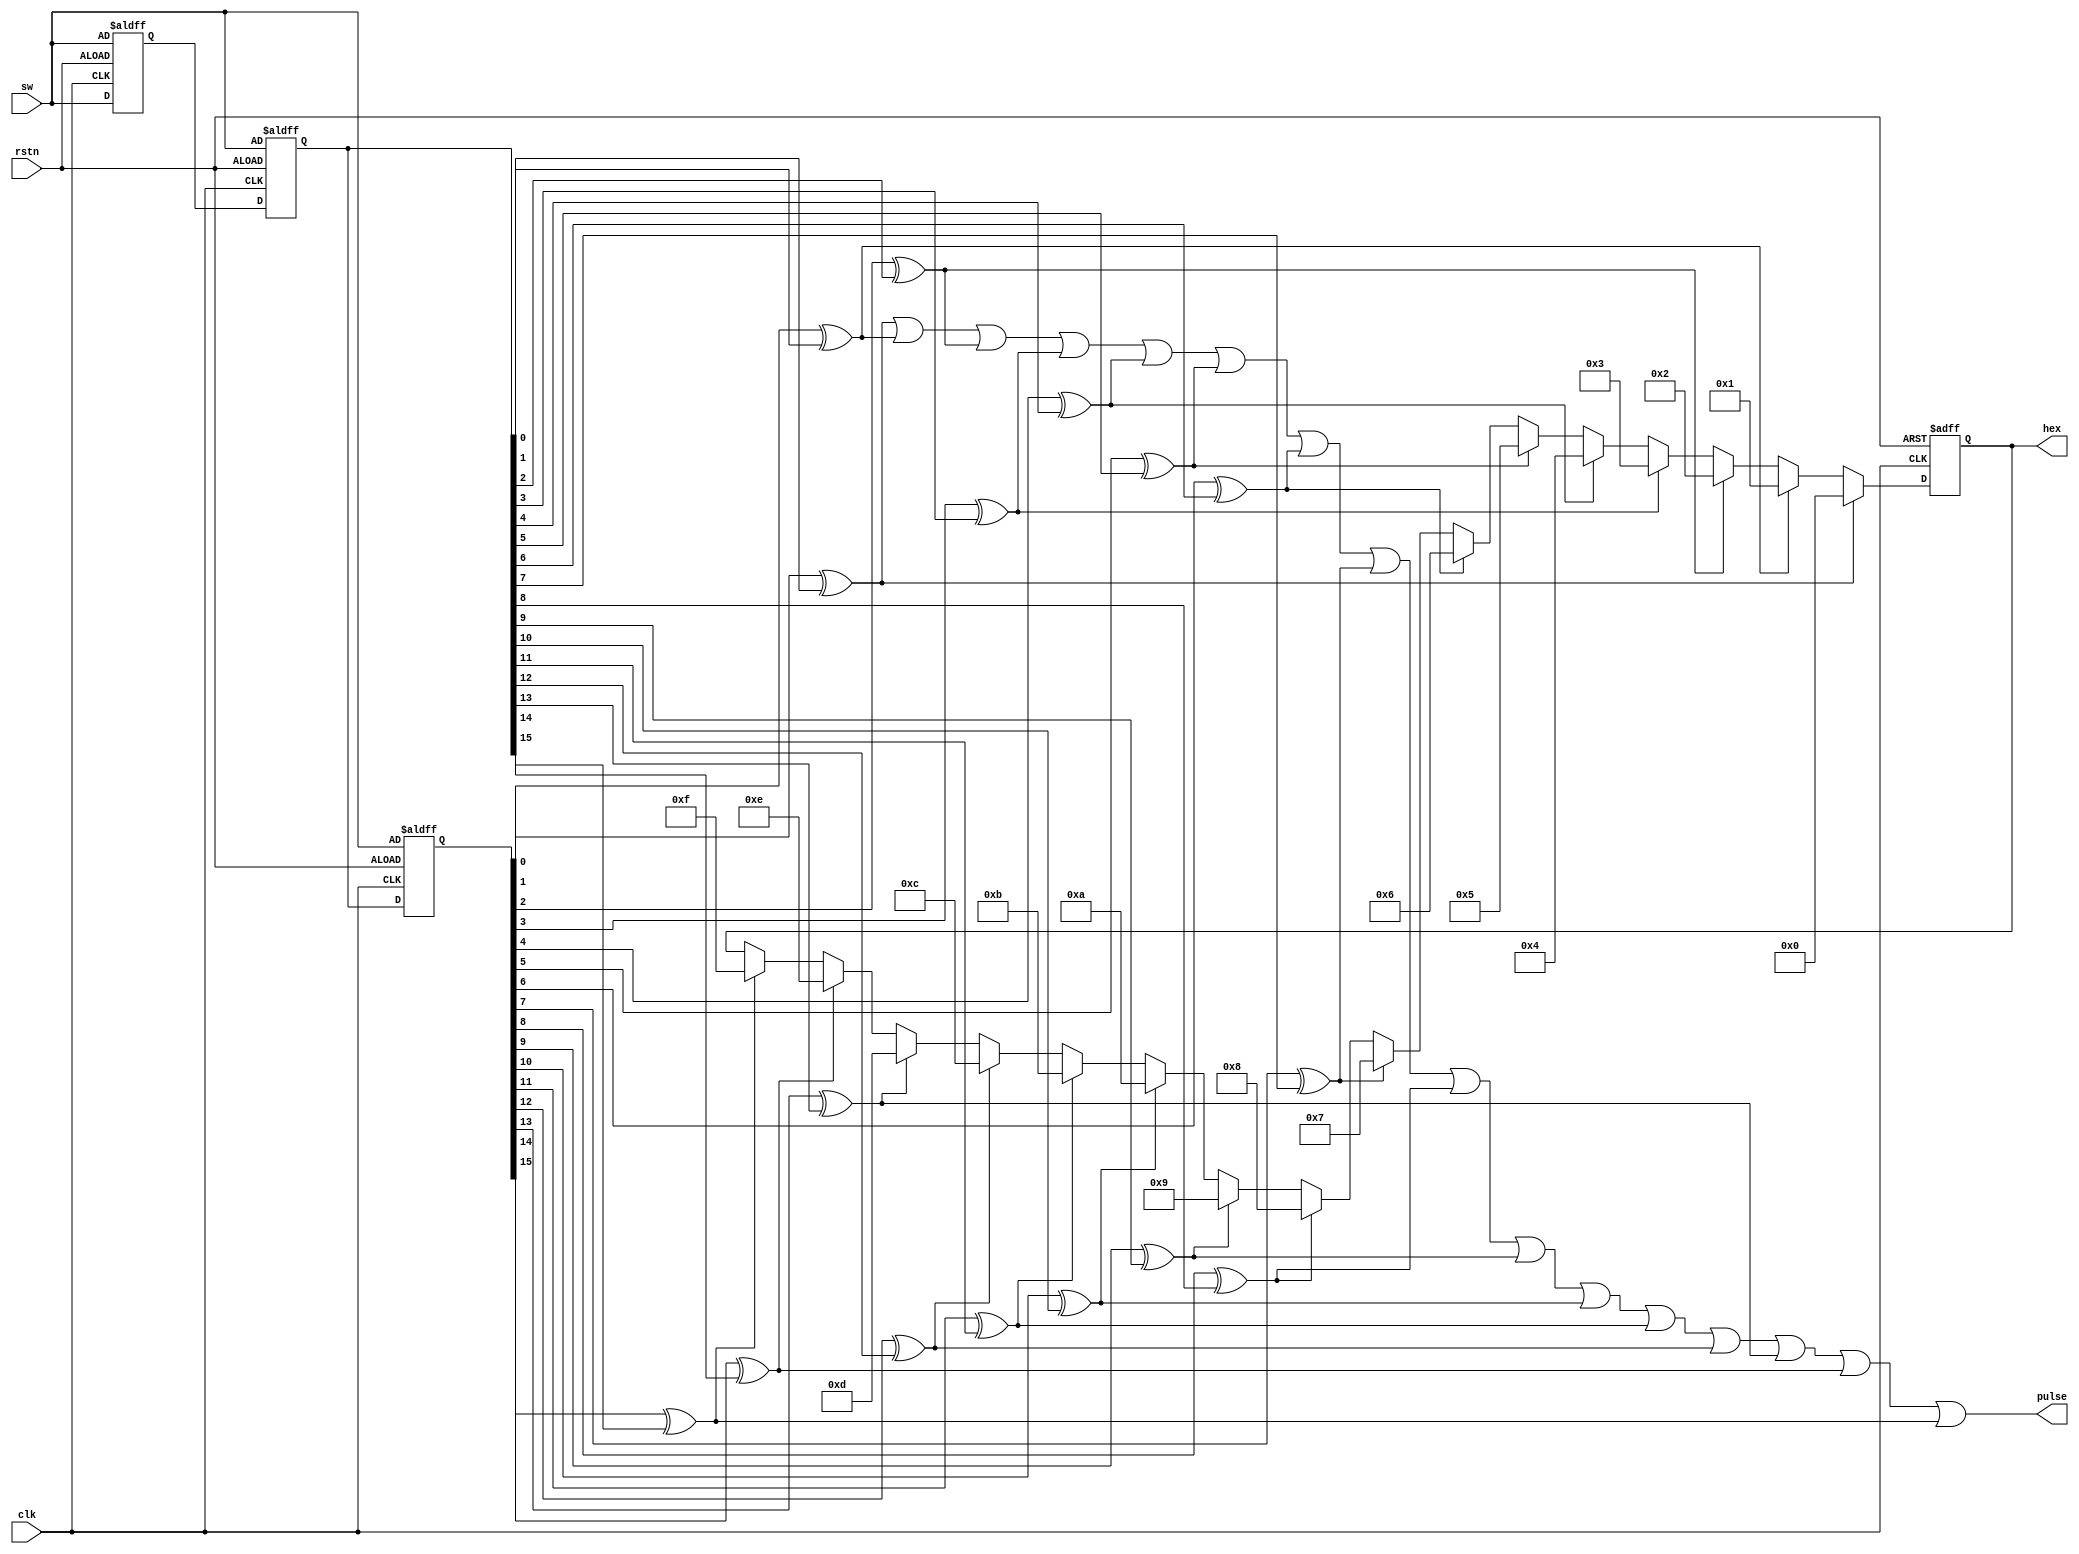
`timescale 1ns / 1ps
//////////////////////////////////////////////////////////////////////////////////
// Company: 
// Engineer: 
// 
// Design Name: 
// Module Name: DPE
// Project Name: 
// Target Devices: 
// Tool Versions: 
// Description: 
// 
// Dependencies: 
// 
// Revision:
// Revision 0.01 - File Created
// Additional Comments:
// 
//////////////////////////////////////////////////////////////////////////////////

/*
    ================================   DPE module   ================================
    Author:         Wintermelon
    Last Edit:      2022.3.27

    This is a switches double edge detector.
    Function:
        1. Detect the change of the switches. (suppose only one switch change at one time)
        2. Coding for switches difference. (in hex)
        3. Send a pulse whenever the switched change. The pulse sustains one clock cycle.
*/

module DPE(
    input [15:0] sw,            // The switches 
    input clk,
    input rstn,
    output reg [3:0] hex,       // The code
    output reg pulse            
);
    reg [15:0] sw_change;
    reg [15:0] sw_1, sw_2, sw_3;

    always @(posedge clk or negedge rstn) begin
        if (~rstn) begin
            sw_1 <= sw;
            sw_2 <= sw;
            sw_3 <= sw;
        end
        else begin
            sw_1 <= sw;
            sw_2 <= sw_1;
            sw_3 <= sw_2;
        end
    end

    always @(*) begin
        sw_change[0] = (sw_3[0] ^ sw_2[0]);
        sw_change[1] = (sw_3[1] ^ sw_2[1]);
        sw_change[2] = (sw_3[2] ^ sw_2[2]);
        sw_change[3] = (sw_3[3] ^ sw_2[3]);
        sw_change[4] = (sw_3[4] ^ sw_2[4]);
        sw_change[5] = (sw_3[5] ^ sw_2[5]);
        sw_change[6] = (sw_3[6] ^ sw_2[6]);
        sw_change[7] = (sw_3[7] ^ sw_2[7]);
        sw_change[8] = (sw_3[8] ^ sw_2[8]);
        sw_change[9] = (sw_3[9] ^ sw_2[9]);
        sw_change[10] = (sw_3[10] ^ sw_2[10]);
        sw_change[11] = (sw_3[11] ^ sw_2[11]);
        sw_change[12] = (sw_3[12] ^ sw_2[12]);
        sw_change[13] = (sw_3[13] ^ sw_2[13]);
        sw_change[14] = (sw_3[14] ^ sw_2[14]);
        sw_change[15] = (sw_3[15] ^ sw_2[15]);
    end

    always @(posedge clk or negedge rstn) begin
        if (~rstn)
            hex <= 4'h0;
        else begin
            if (sw_change[0] == 1)
                hex <= 4'h0;
            else if (sw_change[1] == 1)
                hex <= 4'h1;
            else if (sw_change[2] == 1)
                hex <= 4'h2;
            else if (sw_change[3] == 1)
                hex <= 4'h3;
            else if (sw_change[4] == 1)
                hex <= 4'h4;
            else if (sw_change[5] == 1)
                hex <= 4'h5;
            else if (sw_change[6] == 1)
                hex <= 4'h6;
            else if (sw_change[7] == 1)
                hex <= 4'h7;
            else if (sw_change[8] == 1)
                hex <= 4'h8;
            else if (sw_change[9] == 1)
                hex <= 4'h9;
            else if (sw_change[10] == 1)
                hex <= 4'ha;
            else if (sw_change[11] == 1)
                hex <= 4'hb;
            else if (sw_change[12] == 1)
                hex <= 4'hc;
            else if (sw_change[13] == 1)
                hex <= 4'hd;
            else if (sw_change[14] == 1)
                hex <= 4'he;
            else if (sw_change[15] == 1)
                hex <= 4'hf;
        end
    end

    always @(*) begin
        pulse = sw_change[0] || sw_change[1] || sw_change[2] || sw_change[3] ||
                sw_change[4] || sw_change[5] || sw_change[6] || sw_change[7] ||
                sw_change[8] || sw_change[9] || sw_change[10] || sw_change[11] ||
                sw_change[12] || sw_change[13] || sw_change[14] || sw_change[15];
    end

endmodule